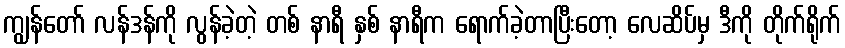
ကျွန်တော် လန်ဒန်ကို လွန်ခဲ့တဲ့ တစ် နာရီ နှစ် နာရီက ရောက်ခဲ့တာပြီးတော့ လေဆိပ်မှ ဒီကို တိုက်ရိုက်